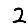
Digit: 2